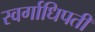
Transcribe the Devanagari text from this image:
स्वर्गाधिपती